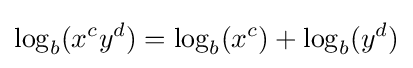
\log _{b}(x^{c}y^{d})=\log _{b}(x^{c})+\log _{b}(y^{d})